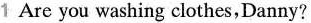
1 Are you washing clothes,Danny?